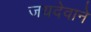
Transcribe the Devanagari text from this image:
जयदेवाने